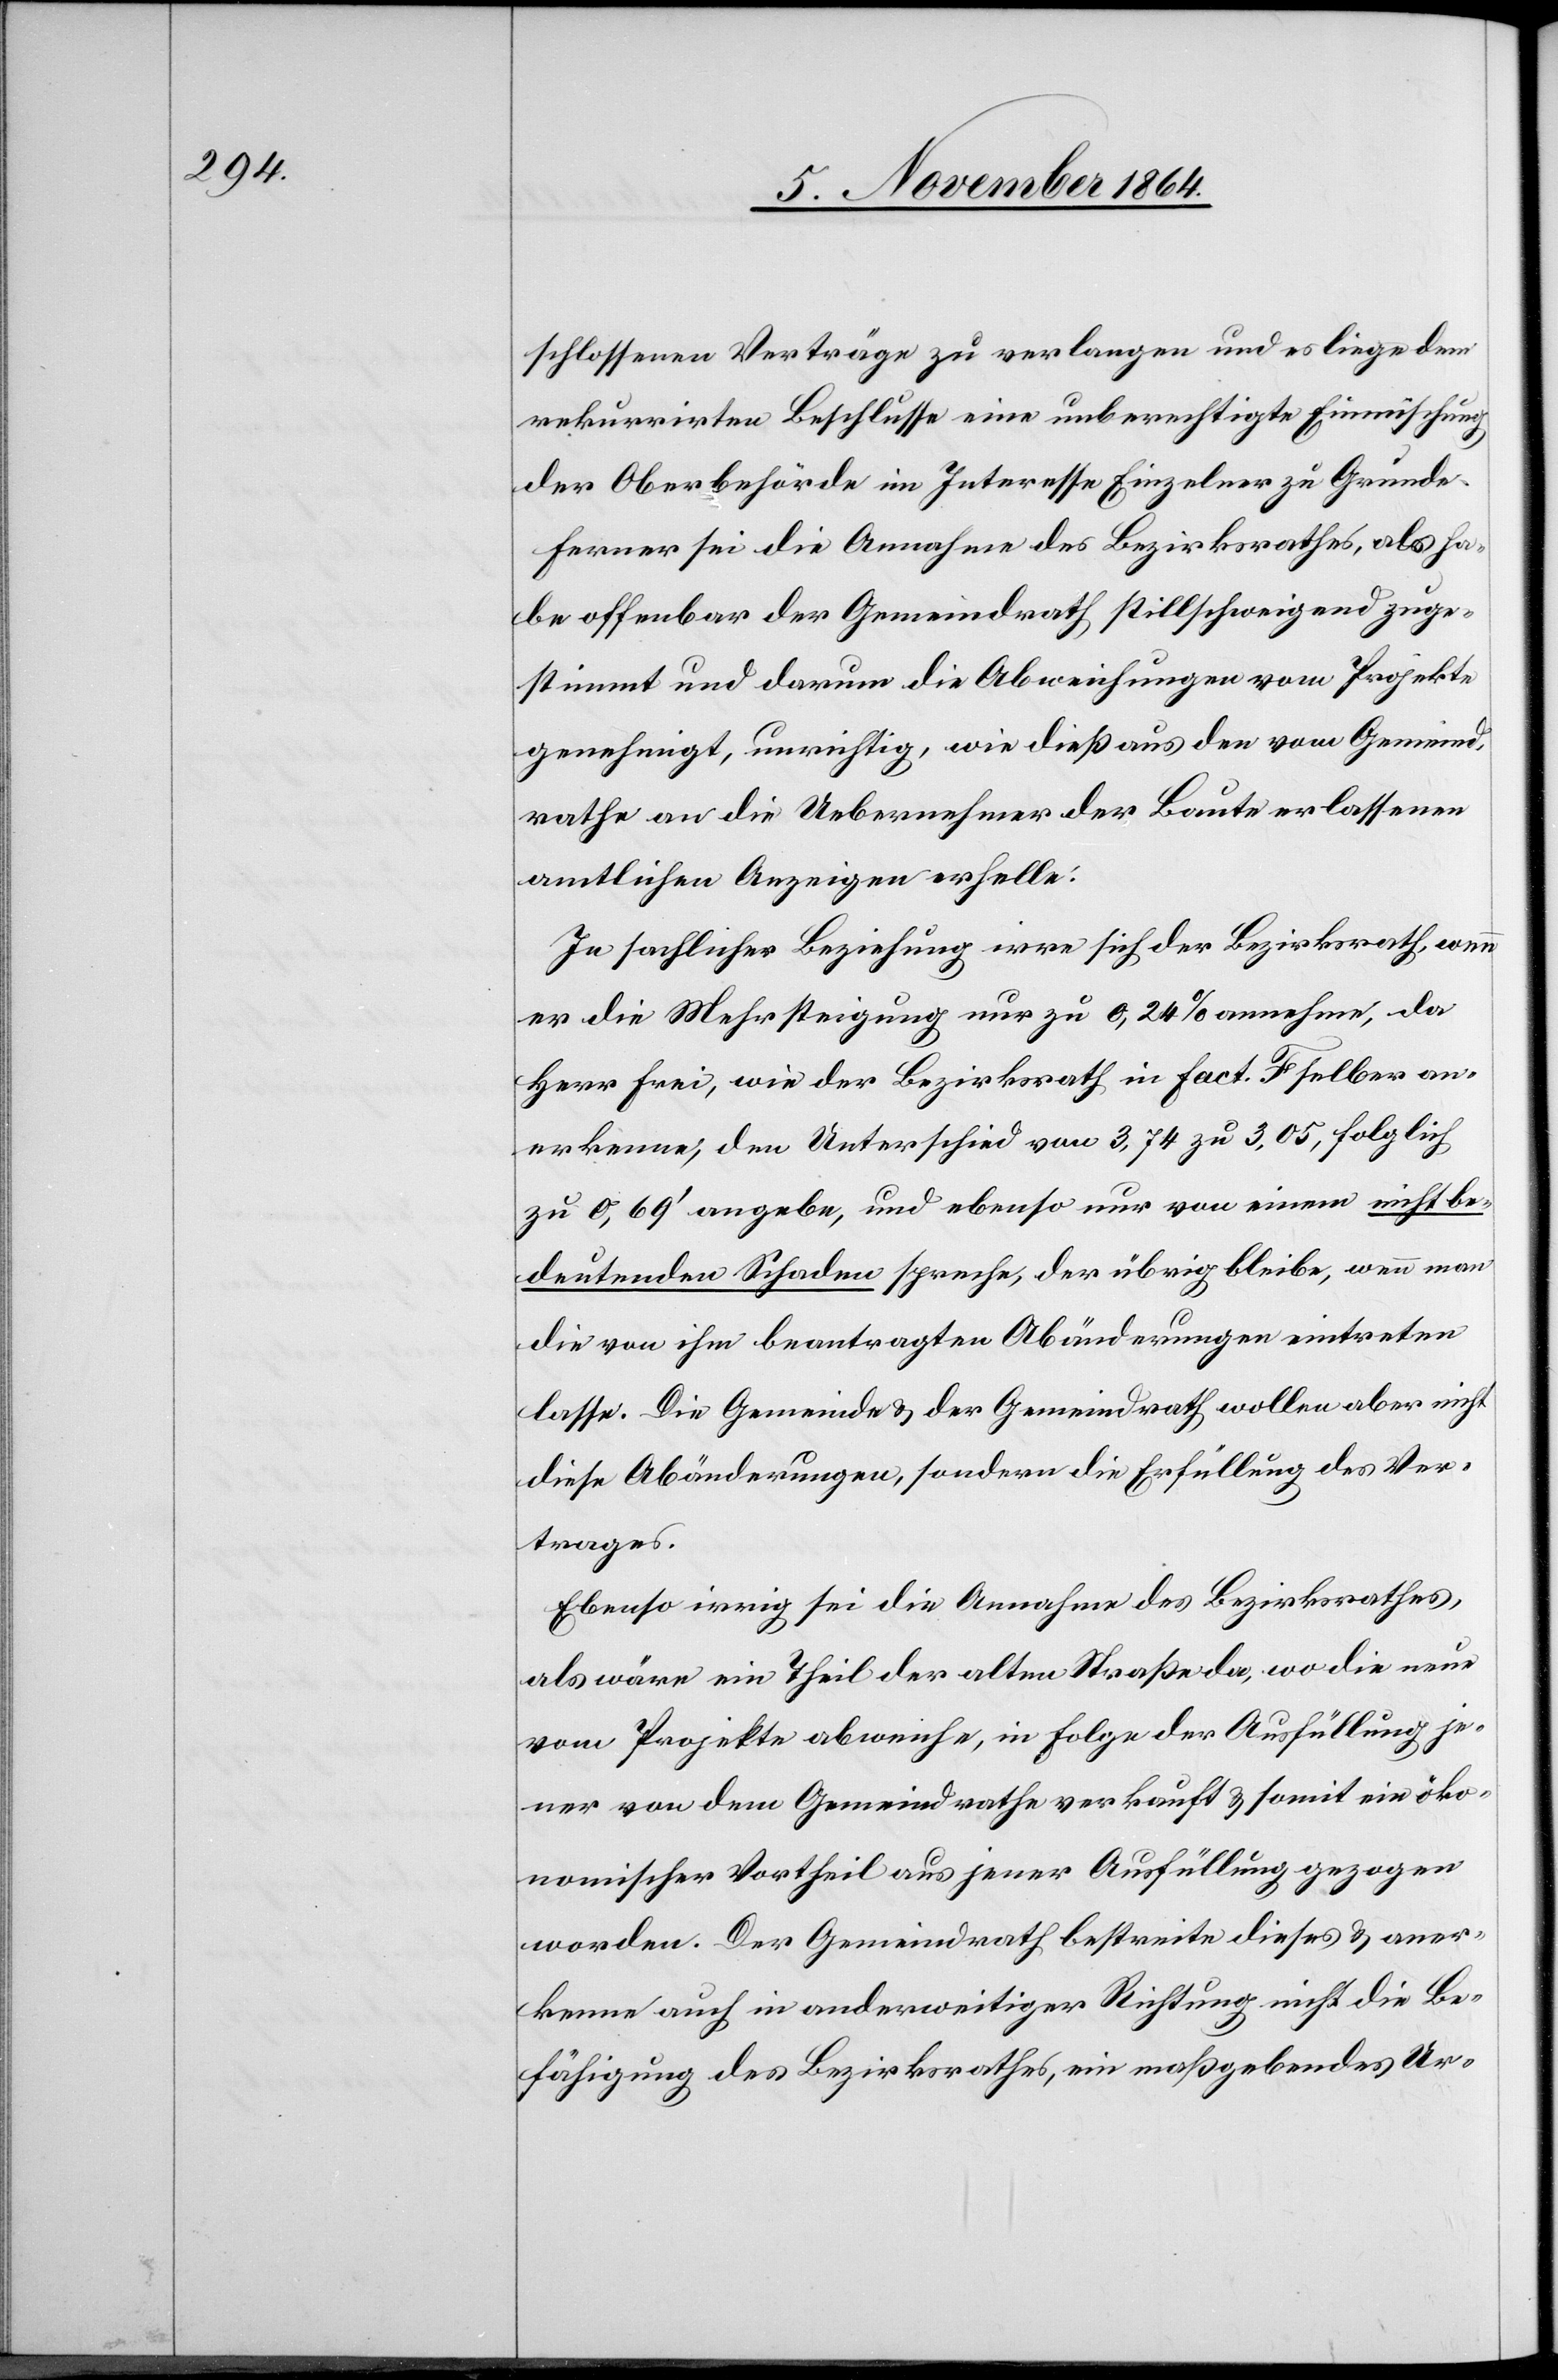
schlossenen Verträge zu verlangen und es liege dem
rekurrirten Beschlusse eine unberechtigte Einmischung
der Oberbehörde im Interesse Einzelner zu Grunde.
Ferner sei die Annahme des Bezirksrathes, als ha¬
be offenbar der Gemeindrath stillschweigend zuge¬
stimmt und darum die Abweichungen vom Projekte
genehmigt, unrichtig, wie dieß aus den vom Gemeind¬
rathe an die Uebernehmer der Baute erlassenen
amtlichen Anzeigen erhelle.
In sachlicher Beziehung irre sich der Bezirksrath, wenn
er die Mehrsteigung nur zu 0,24% annehme, da
Herr Frei, wie der Bezirksrath in Fact. F selber an¬
erkenne, den Unterschied von 3,74 zu 3,05, folglich
zu 0,69’ angebe, und ebenso nur von einem nicht be¬
deutenden Schaden spreche, der übrig bleibe, wenn man
die von ihm beantragten Abänderungen eintreten
lasse. Die Gemeinde & der Gemeindrath wollen aber nicht
diese Abänderungen, sondern die Erfüllung des Ver¬
trages.
Ebenso irrig sei die Annahme des Bezirksrathes,
als wäre ein Theil der alten Straße da, wo die neue
vom Projekte abweiche, in Folge der Ausfüllung je¬
ner von dem Gemeindrathe verkauft & somit ein öko¬
nomischer Vortheil aus jener Ausfüllung gezogen
worden. Der Gemeindrath bestreite dieses & aner¬
kenne auch in anderweitiger Richtung nicht die Be¬
fähigung des Bezirksrathes, ein maßgebendes Ur-